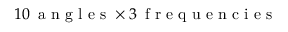
1 0 \, \mathrm { ~ a ~ n ~ g ~ l ~ e ~ s ~ } \times 3 \, \mathrm { ~ f ~ r ~ e ~ q ~ u ~ e ~ n ~ c ~ i ~ e ~ s ~ }